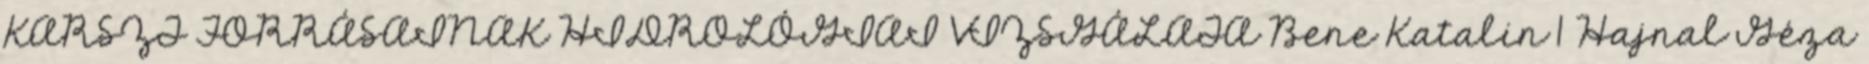
KARSZT FORRÁSAINAK HIDROLÓGIAI VIZSGÁLATA Bene Katalin 1 Hajnal Géza